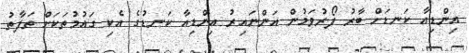
އިންޑިއާ ކަނޑަށް ބާރު ފޯރުވަމުން އަންނައިރު އިންޑިއާ ކަނޑުގެ އެކި ގައުމުތަކަށް ތަފާތު